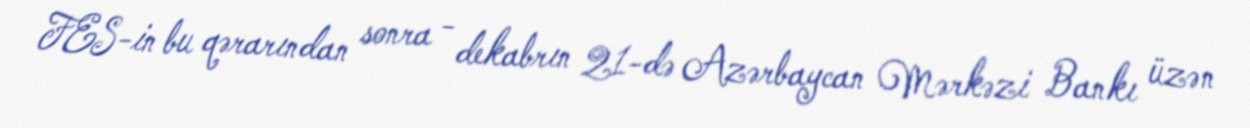
FES-in bu qərarından sonra - dekabrın 21-də Azərbaycan Mərkəzi Bankı üzən